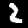
Digit: 2